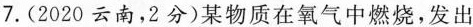
7.(2020云南，2分)某物质在氧气中燃烧，发出